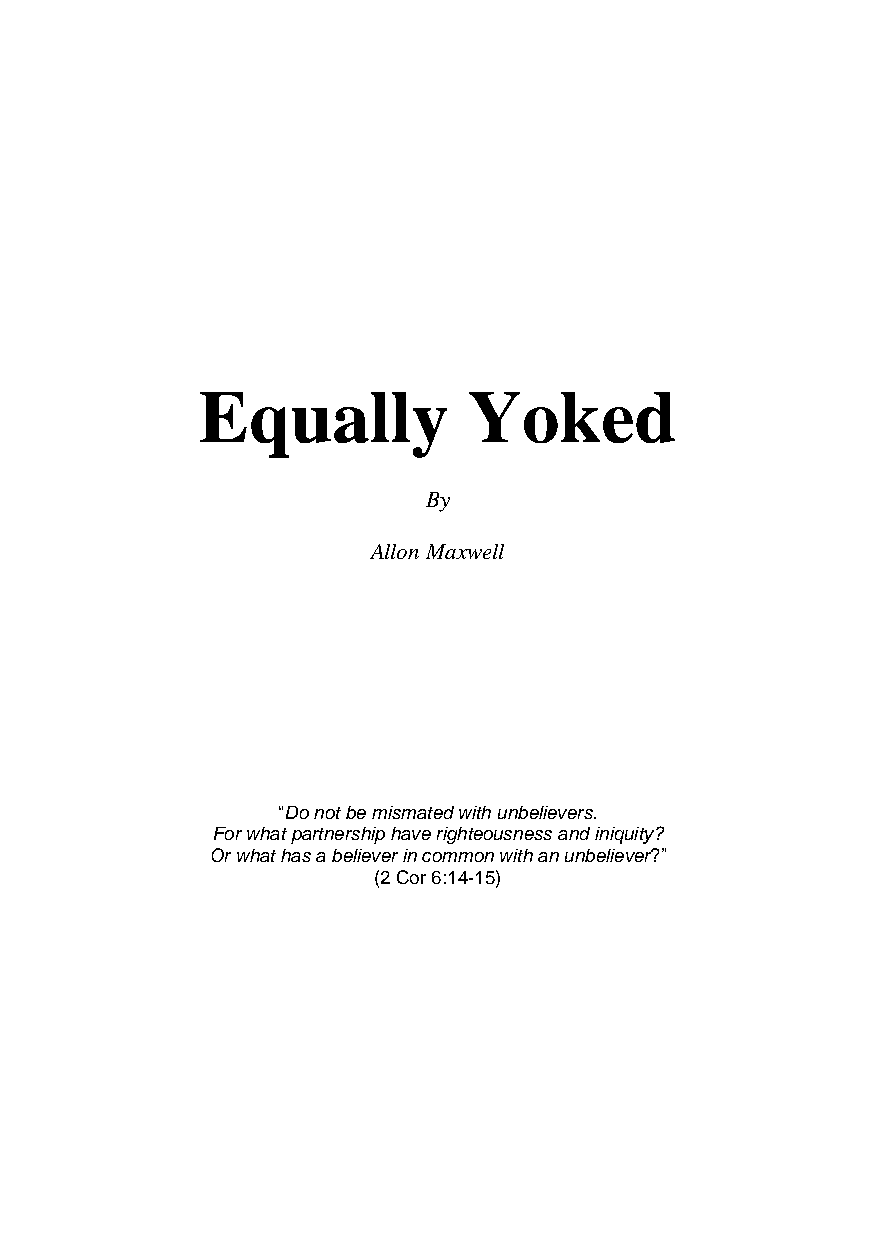
Equally           Yoked
 By
 Allon Maxwell
 “Do not be mismated with unbelievers.
 For what partnership have righteousness and iniquity?
 Or what has a believer in common with an unbeliever?”
 (2 Cor 6:14-15)